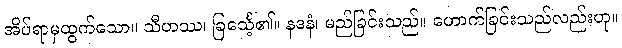
အိပ်ရာမှထွက်သော။ သီဟဿ၊ ခြင်္သေ့၏။ နဒနံ၊ မည်ခြင်းသည်။ ဟောက်ခြင်းသည်လည်းဟု။